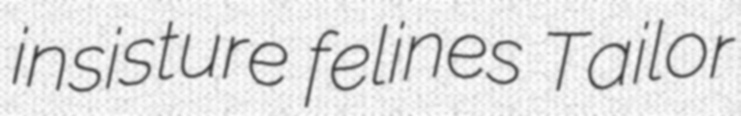
insisture felines Tailor